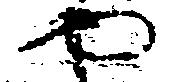
や